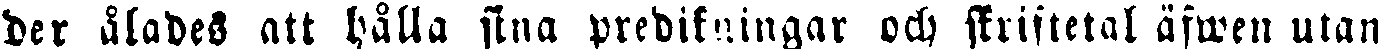
der ålades att hålla sina predikningar och skriftetal äfwen utan